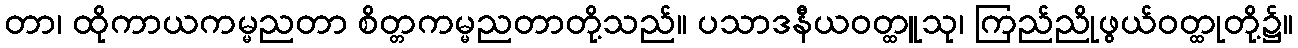
တာ၊ ထိုကာယကမ္မညတာ စိတ္တကမ္မညတာတို့သည်။ ပသာဒနီယဝတ္ထူသု၊ ကြည်ညိုဖွယ်ဝတ္ထုတို့၌။